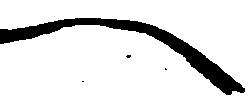
へ